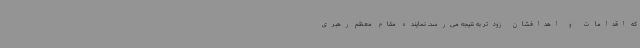
که اقدامات و اهدافشان زودتر به نتیجه می‌رسد. نماینده مقام معظم رهبری